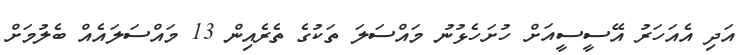
އަދި އެއަހަރު އޭސީސީއަށް ހުށަހެޅުނު މައްސަލަ ތަކުގެ ތެރެއިން 13 މައްސަލައެއް ބެލުމަށް